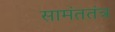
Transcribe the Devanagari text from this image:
सामंततंत्र